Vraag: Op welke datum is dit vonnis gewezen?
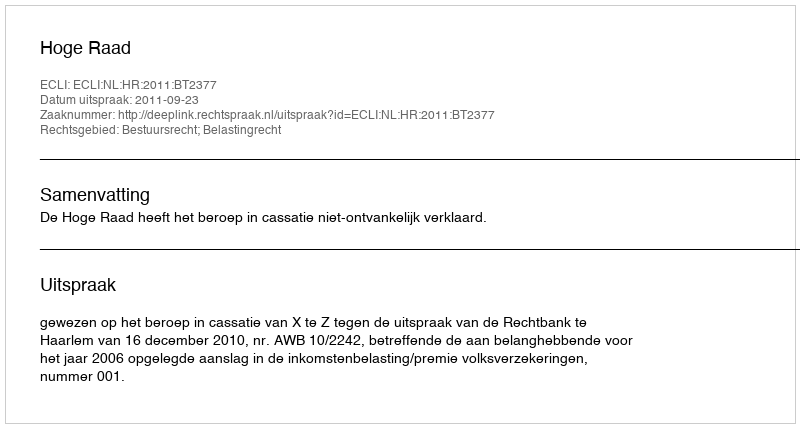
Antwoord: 2011-09-23